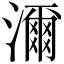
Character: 濔